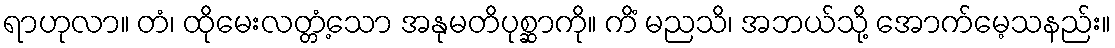
ရာဟုလာ။ တံ၊ ထိုမေးလတ္တံ့သော အနုမတိပုစ္ဆာကို။ ကိံ မညသိ၊ အဘယ်သို့ အောက်မေ့သနည်း။